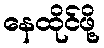
နေထိုင်ဖို့